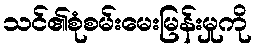
သင်၏စုံစမ်းမေးမြန်းမှုကို